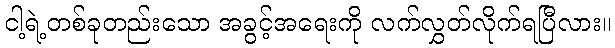
ငါ့ရဲ့တစ်ခုတည်းသော အခွင့်အရေးကို လက်လွှတ်လိုက်ရပြီလား။